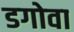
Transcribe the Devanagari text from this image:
डगोवा